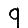
Digit: 9